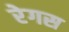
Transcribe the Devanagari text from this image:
रेगस